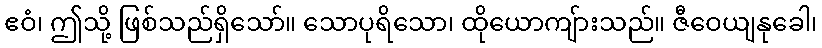
ဧဝံ၊ ဤသို့ ဖြစ်သည်ရှိသော်။ သောပုရိသော၊ ထိုယောကျ်ားသည်။ ဇီဝေယျနုခေါ၊